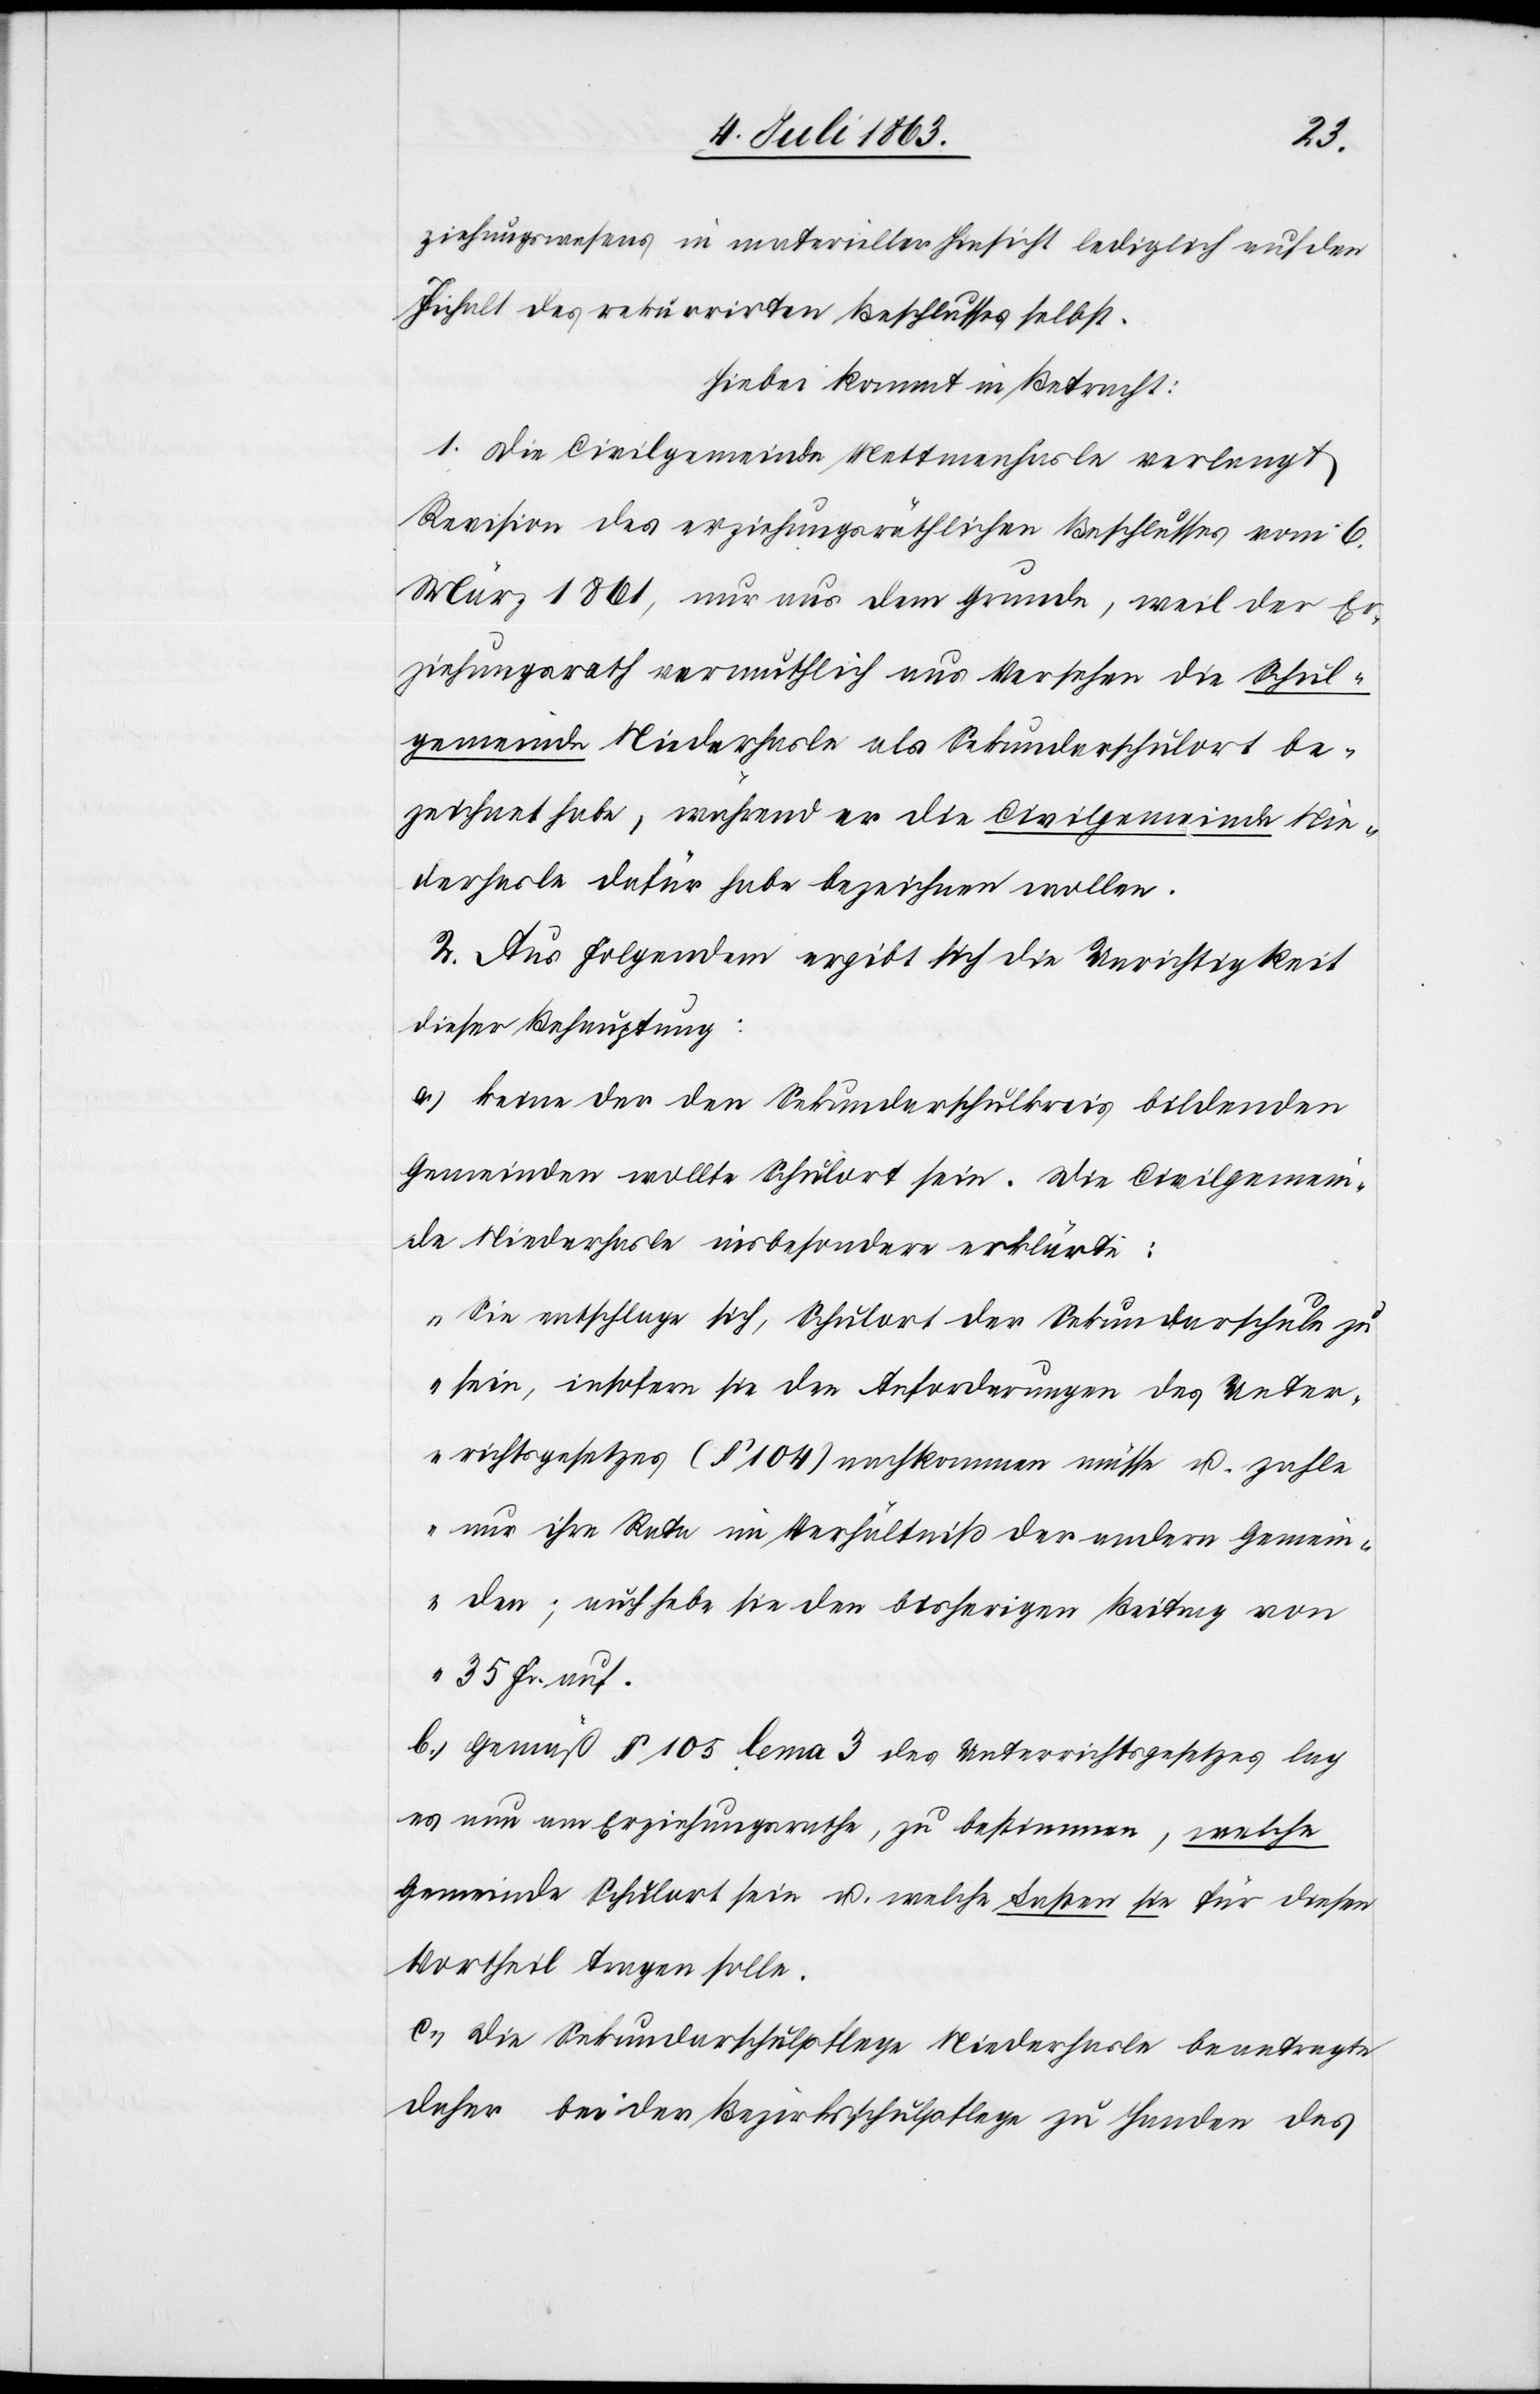
ziehungswesens in materieller Hinsicht lediglich auf den
Inhalt des rekurrirten Beschlusses selbst.
Hiebei kommt in Betracht:
1. Die Civilgemeinde Mettmenhasle verlangt
Revision des erziehungsräthlichen Beschlusses vom 6.
März 1861, nur aus dem Grunde, weil der Er¬
ziehungsrath vermuthlich aus Versehen die Schul¬
gemeinde Niederhasle als Sekundarschulort be¬
zeichnet habe, während er die Civilgemeinde Nie¬
derhasle dafür habe bezeichnen wollen.
2. Aus Folgendem ergibt sich die Unrichtigkeit
dieser Behauptung:
a.) keine der den Sekundarschulkreis bildenden
Gemeinden wollte Schulort sein. Die Civilgemein¬
de Niederhasle insbesondere erklärte:
„Sie entschlage sich, Schulort der Sekundarschule zu
sein, insofern sie den Anforderungen des Unter¬
richtsgesetzes (§ 104) nachkommen müsse u. zahle
nur ihre Rata im Verhältniß der andern Gemein¬
den; auch hebe sie den bisherigen Beitrag von
35 Fr. auf.“
b.) Gemäß § 105 lema 3 des Unterrichtsgesetzes lag
es nun am Erziehungsrathe, zu bestimmen, welche
Gemeinde Schulort sein u. welche Lasten sie für diesen
Vortheil tragen solle.
c.) Die Sekundarschulpflege Niederhasle beantragte
daher bei der Bezirksschulpflege zu Handen des